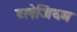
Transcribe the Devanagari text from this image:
ब्लेजियम